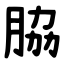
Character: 脇